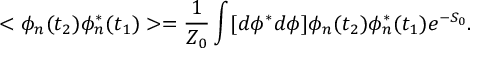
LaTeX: < \phi _ { n } ( t _ { 2 } ) \phi _ { n } ^ { * } ( t _ { 1 } ) > = \frac { 1 } { Z _ { 0 } } \int [ d \phi ^ { * } d \phi ] \phi _ { n } ( t _ { 2 } ) \phi _ { n } ^ { * } ( t _ { 1 } ) e ^ { - S _ { 0 } } .